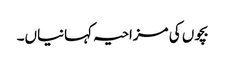
بچوں کی مزاحیہ کہانیاں۔